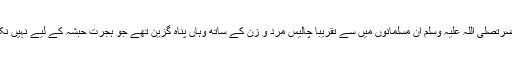
اس وقت آں حضرتصلی اللہ علیہ وسلم ان مسلمانوں میں سے تقریباً چالیس مرد و زن کے ساتھ وہاں پناہ گزین تھے جو ہجرت حبشہ کے لیے نہیں نکلے تھے(۲۲)۔